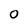
Character: o